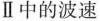
Ⅱ中的波速